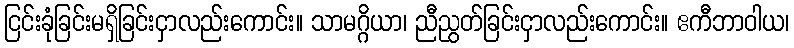
ငြင်းခုံခြင်းမရှိခြင်းငှာလည်းကောင်း။ သာမဂ္ဂိယာ၊ ညီညွတ်ခြင်းငှာလည်းကောင်း။ ဧကီဘာဝါယ၊